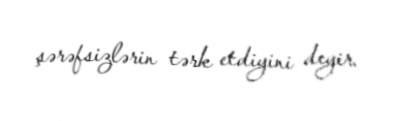
şərəfsizlərin tərk etdiyini deyir.